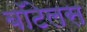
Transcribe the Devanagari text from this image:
बॉटेलस